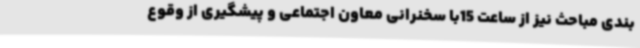
بندی مباحث نیز از ساعت 15با سخنرانی معاون اجتماعی و پیشگیری از وقوع